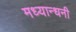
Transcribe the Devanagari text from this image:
मध्यान्धनी